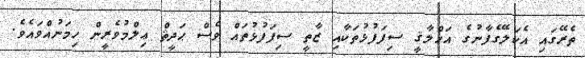
ތެރޭގައި އެކަލޭގެފާނުގެ އަޚްލާޤީ ސިފަފުޅުތަކާއި ޒާތީ ސިފަފުޅުތައް ވެސް ޙަދީޘް ޢިލްމުވެރީން ހިމަނުއްވައެވެ.